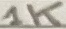
Text: 1K